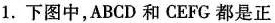
1.下图中，ABCD和CEFG都是正